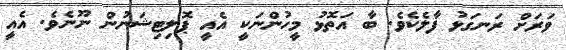
ވަރަށް ރަނގަޅު ފާލެކެވެ. ބާ އަތޮޅު މީހުންނަކީ އެއީ ޕޮލިޓިޝަނުން ނޫނެވެ. އެއީ